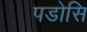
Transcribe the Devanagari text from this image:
पडोसि